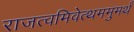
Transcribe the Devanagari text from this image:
राजत्वमिवेत्थममुमर्थं